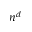
n ^ { d }